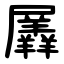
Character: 羼